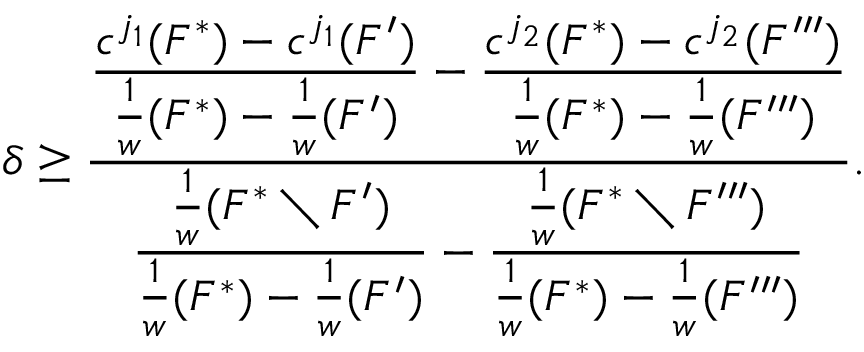
\delta \ge \frac { \displaystyle \frac { c ^ { j _ { 1 } } ( F ^ { * } ) - c ^ { j _ { 1 } } ( F ^ { \prime } ) } { \frac { 1 } { w } ( F ^ { * } ) - \frac { 1 } { w } ( F ^ { \prime } ) } - \frac { c ^ { j _ { 2 } } ( F ^ { * } ) - c ^ { j _ { 2 } } ( F ^ { \prime \prime \prime } ) } { \frac { 1 } { w } ( F ^ { * } ) - \frac { 1 } { w } ( F ^ { \prime \prime \prime } ) } } { \displaystyle \frac { \frac { 1 } { w } ( F ^ { * } \setminus F ^ { \prime } ) } { \frac { 1 } { w } ( F ^ { * } ) - \frac { 1 } { w } ( F ^ { \prime } ) } - \frac { \frac { 1 } { w } ( F ^ { * } \setminus F ^ { \prime \prime \prime } ) } { \frac { 1 } { w } ( F ^ { * } ) - \frac { 1 } { w } ( F ^ { \prime \prime \prime } ) } } .